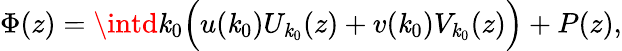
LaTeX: \Phi(z)=\intd\mathit{k}_{0}\Bigl(u(\mathit{k}_{0})U_{\mathit{k}_{0}}(z)+v(\mathit{k}_{0})V_{\mathit{k}_{0}}(z)\Bigr)+P(z),